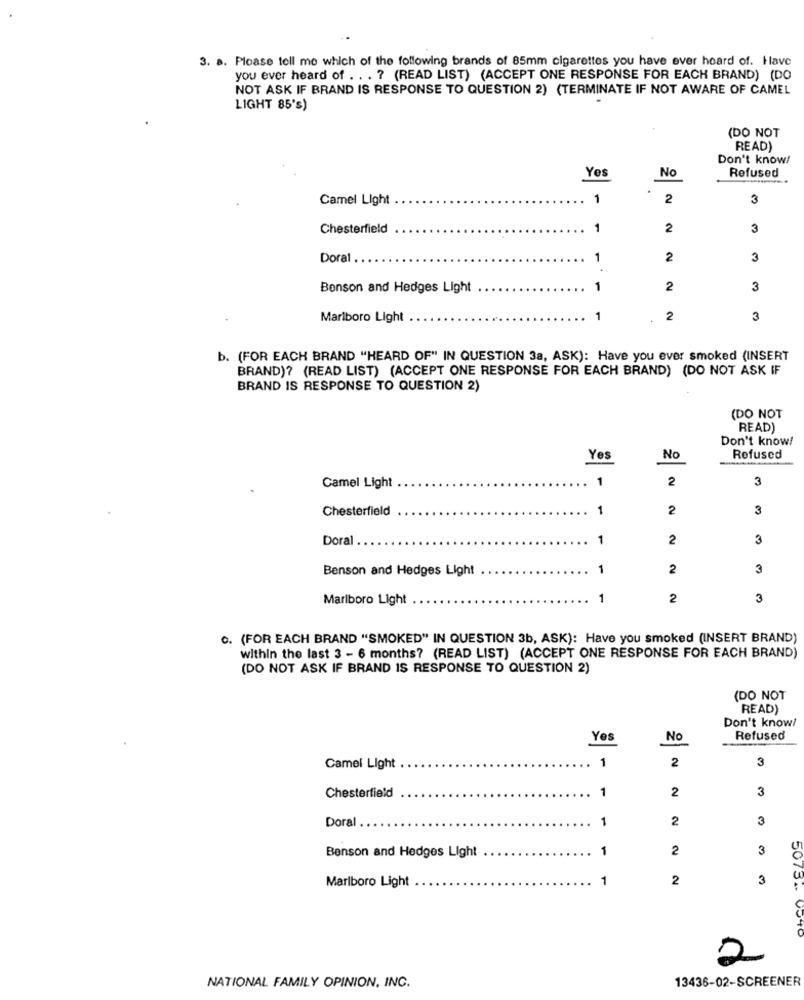
3. a. Please tell me which of the following brands of 85mm cigarettes you have ever heard of. Ilave
you ever heard of ... ? (READ LIST) (ACCEPT ONE RESPONSE FOR EACH BRAND) (DO
NOT ASK IF BRAND IS RESPONSE TO QUESTION 2) (TERMINATE IF NOT AWARE OF CAMEL
LIGHT 85's)
(DO NOT
READ)
Don't know!
No
Refused
Yes
Camel Light
1
2
3
Chesterfield
1
2
3
Doral
1
2
3
Benson and Hedges Light
1
2
3
Marlboro Light
1
2
3
b. (FOR EACH BRAND "HEARD OF" IN QUESTION 3a, ASK): Have you ever smoked (INSERT
BRAND)? (READ LIST) (ACCEPT ONE RESPONSE FOR EACH BRAND) (DO NOT ASK IF
BRAND IS RESPONSE TO QUESTION 2)
(DO NOT
READ)
Don't know!
Yes
No
Refused
1
2
3
Camel Light
Chesterfield
1
2
3
Doral
1
2
3
Benson and Hedges Light
1
2
3
Marlboro Light
1
2
3
O. (FOR EACH BRAND "SMOKED" IN QUESTION 3b, ASK): Have you smoked (INSERT BRAND)
within the last 3 - 6 months? (READ LIST) (ACCEPT ONE RESPONSE FOR EACH BRAND)
(DO NOT ASK IF BRAND IS RESPONSE TO QUESTION 2)
(DO NOT
READ)
Don't know!
No
Refused
1
2
3
Camel Light
1
2
3
Chesterfield
Doral
1
2
3
1
2
3
Benson and Hedges Light
Marlboro Light
1
2
3
5075
2
13436-02-SCREENER
NATIONAL FAMILY OPINION, INC.